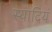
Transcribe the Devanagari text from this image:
स्यादियं